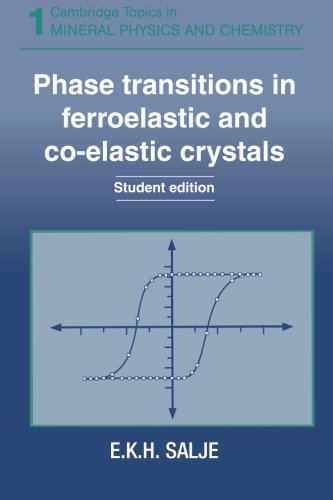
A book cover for Phase Transitions in Ferroelastic and Co-elastic Crystals (Cambridge Topics in Mineral Physics and Chemistry); E. K. Salje; Science & Math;